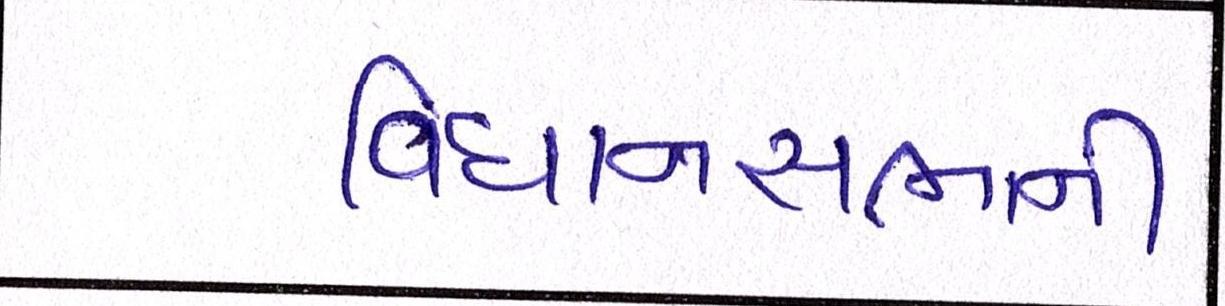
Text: વિધાનસભાની